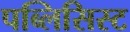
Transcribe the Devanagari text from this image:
पब्लिसिस्ट